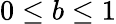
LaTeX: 0\leq b\leq 1